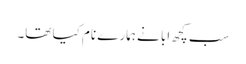
سب کچھ ابا نے ہمارے نام کیا تھا۔